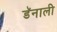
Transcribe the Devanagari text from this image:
डॅनाली